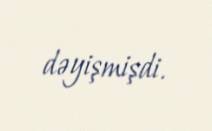
dəyişmişdi.